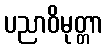
ပညာဝိမုတ္တာ